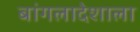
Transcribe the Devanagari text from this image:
बांगलादेशाला